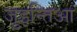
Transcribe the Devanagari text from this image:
जुइन्तिआ